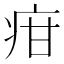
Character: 疳